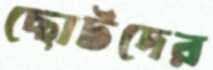
ছোটদের